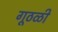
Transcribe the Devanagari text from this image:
गूठळी